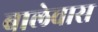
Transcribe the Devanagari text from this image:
बालेवास